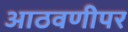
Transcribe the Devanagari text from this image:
आठवणीपर